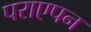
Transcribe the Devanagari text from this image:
पराएपन